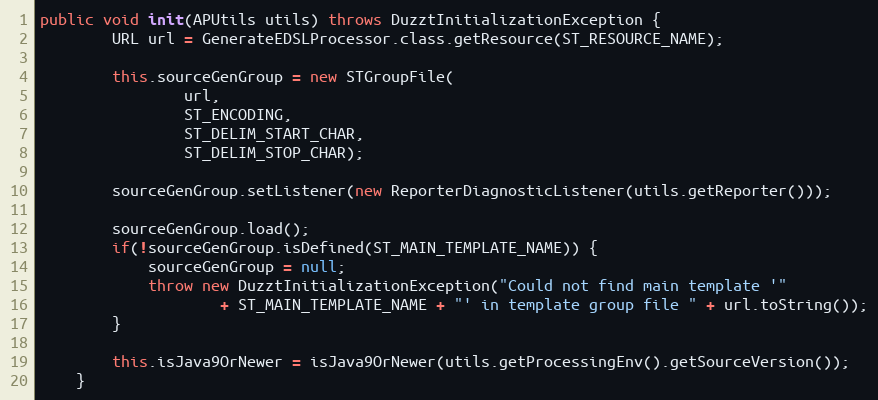
Language: Java
public void init(APUtils utils) throws DuzztInitializationException {
		URL url = GenerateEDSLProcessor.class.getResource(ST_RESOURCE_NAME);

		this.sourceGenGroup = new STGroupFile(
				url,
				ST_ENCODING,
				ST_DELIM_START_CHAR,
				ST_DELIM_STOP_CHAR);

		sourceGenGroup.setListener(new ReporterDiagnosticListener(utils.getReporter()));

		sourceGenGroup.load();
		if(!sourceGenGroup.isDefined(ST_MAIN_TEMPLATE_NAME)) {
			sourceGenGroup = null;
			throw new DuzztInitializationException("Could not find main template '"
					+ ST_MAIN_TEMPLATE_NAME + "' in template group file " + url.toString());
		}

		this.isJava9OrNewer = isJava9OrNewer(utils.getProcessingEnv().getSourceVersion());
	}